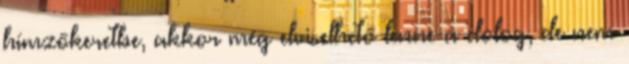
hímzőkeretbe, akkor még elviselhető lenne a dolog, de nem